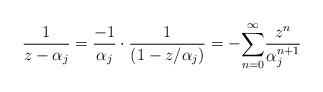
LaTeX: \begin{align*}\frac{1}{z-\alpha_j}=\frac{-1}{\alpha_j}\cdot \frac{1}{(1-z\slash \alpha_j)}=-\overset{\infty}{\underset{n=0}{\sum}}\frac{z^n}{\alpha_j^{n+1}} \end{align*}